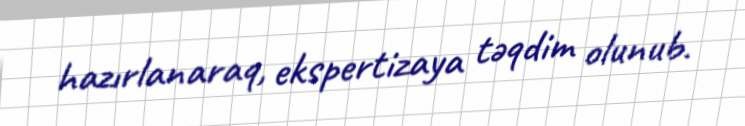
hazırlanaraq, ekspertizaya təqdim olunub.